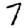
Digit: 7